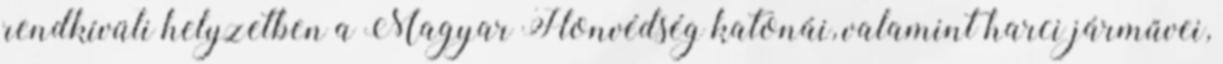
rendkívüli helyzetben a Magyar Honvédség katonái, valamint harci járművei,